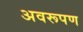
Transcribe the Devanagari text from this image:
अवरूपण